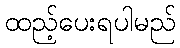
ထည့်ပေးရပါမည်